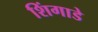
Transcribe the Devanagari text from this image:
शिंगाडे